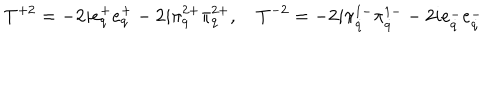
T ^ { + 2 } = - 2 i e _ { q } ^ { + } e _ { q } ^ { + } - 2 i \pi _ { q } ^ { 2 + } \pi _ { q } ^ { 2 + } , \quad T ^ { - 2 } = - 2 i \pi _ { \dot { q } } ^ { 1 - } \pi _ { \dot { q } } ^ { 1 - } - 2 i e _ { \dot { q } } ^ { - } e _ { \dot { q } } ^ { - }